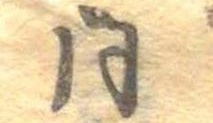
同